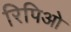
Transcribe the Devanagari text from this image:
रिपिओ